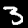
Digit: 3